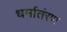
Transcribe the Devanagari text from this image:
धर्मातंरण